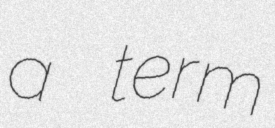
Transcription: a term